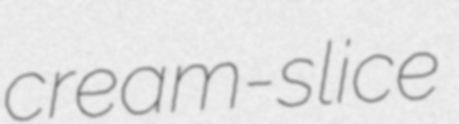
cream-slice